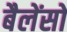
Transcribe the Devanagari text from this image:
बैलेंसों